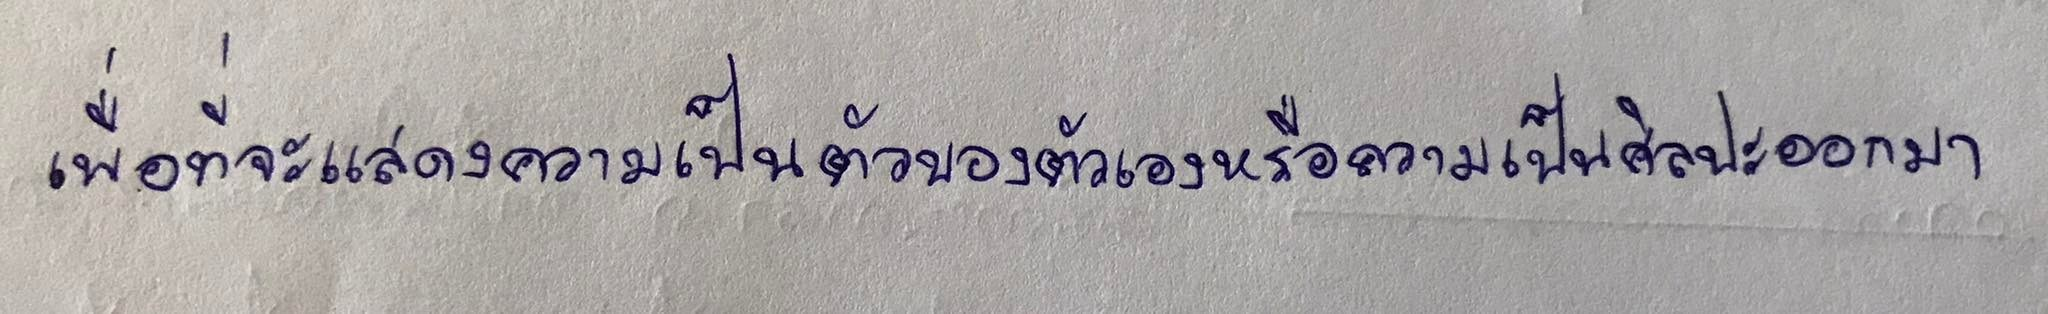
เพื่อที่จะแสดงความเป็นตัวของตัวเองหรือความเป็นศิลปะออกมา